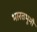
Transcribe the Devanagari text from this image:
भारतभूमी